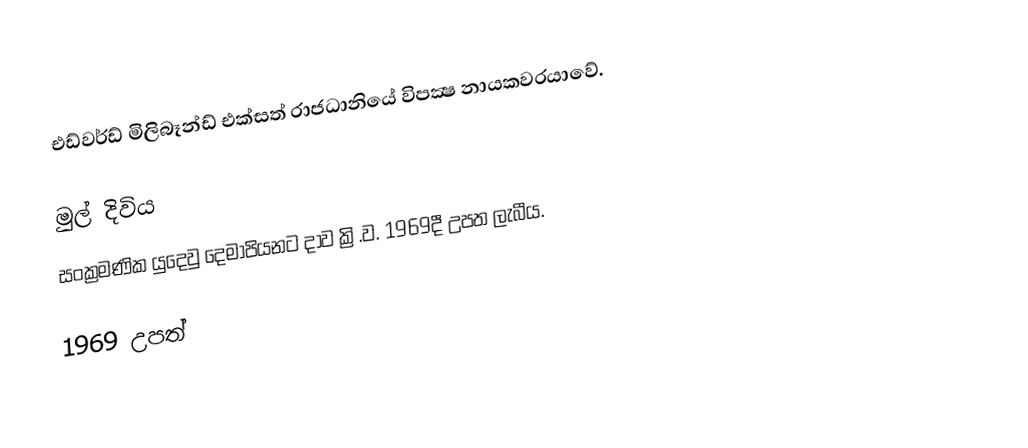
එඩ්වර්ඩ් මිලිබෑන්ඩ් එක්සත් රාජධානියේ විපක්‍ෂ නායකවරයාවේ.

මුල් දිවිය
සංක්‍රමණික යුදෙවු දෙමාපියනට දාව ක්‍රි.ව. 1969දී උපත ලැබීය.

1969 උපත්